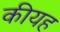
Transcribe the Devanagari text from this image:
कीयह